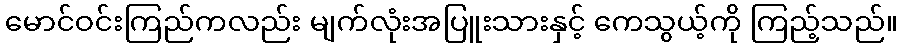
မောင်ဝင်းကြည်ကလည်း မျက်လုံးအပြူးသားနှင့် ကေသွယ့်ကို ကြည့်သည်။